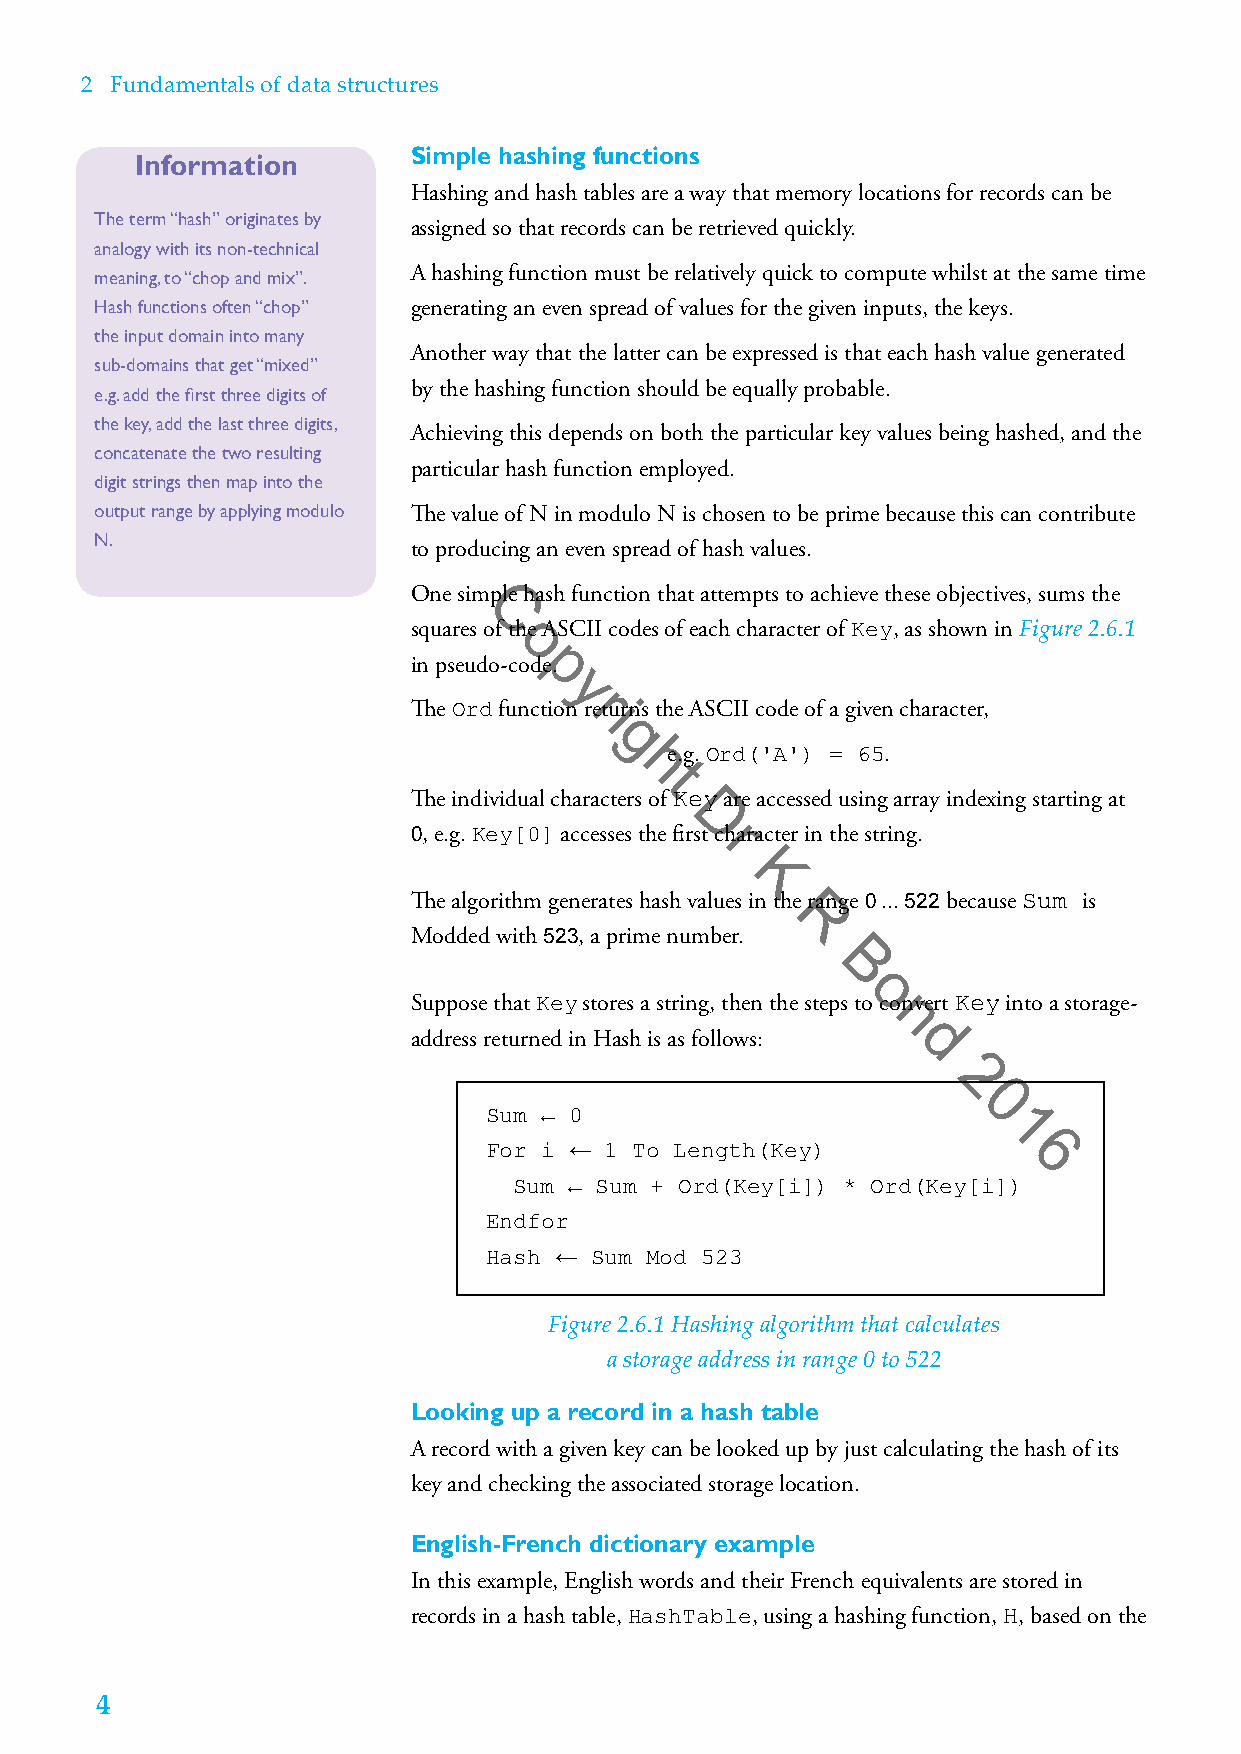
2 Fundamentals of data structures
 Simple hashing functions
 Information
 Hashing and hash tables are a way that memory locations for records can be
 The term “hash” originates by
 assigned so that records can be retrieved quickly.
 analogy with its non-technical
 meaning, to “chop and mix”. A hashing function must be relatively quick to compute whilst at the same time
 Hash functions often “chop” generating an even spread of values for the given inputs, the keys.
 the input domain into many
 Another way that the latter can be expressed is that each hash value generated
 sub-domains that get “mixed”
 by the hashing function should be equally probable.
 e.g. add the first three digits of
 the key, add the last three digits,
 Achieving this depends on both the particular key values being hashed, and the
 concatenate the two resulting
 particular hash function employed.
 digit strings then map into the
 output range by applying modulo The value of N in modulo N is chosen to be prime because this can contribute
 N.
 to producing an even spread of hash values.
 One simple hash function that attempts to achieve these objectives, sums the
 C
 squares of the ASCII codes of each character of , as shown in Figure 2.6.1
 o                     Key
 in pseudo-codpe.
 y
 r
 The   function reiturns the ASCII code of a given character,
 Ord
 g
 he.g.
 Ord('A') =
 65.
 t
 The individual characters of are accessed using array indexing starting at
 Key
 D
 0, e.g.   accesses the first rcharacter in the string.
 Key[0]
 K
 The algorithm generates hash values in the range 0 ... 522 because Sum is
 R
 Modded with 523, a prime number.
 B
 o
 Suppose that stores a string, then the steps to convert into a storage-
 Key                    nKey
 address returned in Hash is as follows: d
 2
 0
 Sum ← 0                           1
 ←                             6
 For i   1 To Length(Key)
 Sum ← Sum + Ord(Key[i]) * Ord(Key[i])
 Endfor
 ←
 Hash   Sum Mod 523
 Figure 2.6.1 Hashing algorithm that calculates
 a storage address in range 0 to 522
 Looking up a record in a hash table
 A record with a given key can be looked up by just calculating the hash of its
 key and checking the associated storage location.
 English-French dictionary example
 In this example, English words and their French equivalents are stored in
 records in a hash table, , using a hashing function, , based on the
 HashTable               H
 4